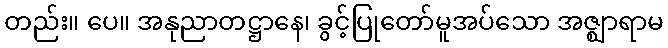
တည်း။ ပေ။ အနုညာတဋ္ဌာနေ၊ ခွင့်ပြုတော်မူအပ်သော အဇ္ဈာရာမ